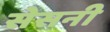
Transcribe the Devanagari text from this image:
सेसनी